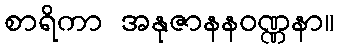
စာရိကာ အနုဇာနနဝဏ္ဏနာ။